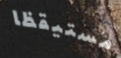
مستيقظا